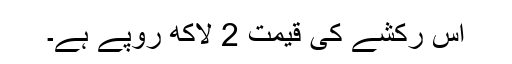
اس رکشے کی قیمت 2 لاکھ روپے ہے۔